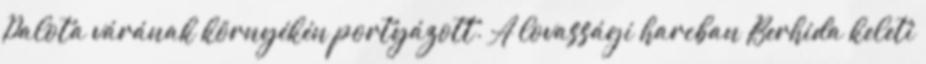
Palota várának környékén portyázott. A lovassági harcban Berhida keleti